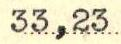
33,23